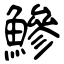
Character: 鰺